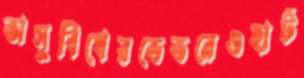
অসুবিধেরভেতরেওহার্ট